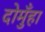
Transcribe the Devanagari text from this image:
दोमुँहा